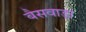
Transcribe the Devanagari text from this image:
बैसवाड़ा